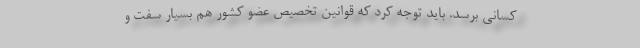
کسانی برسد. باید توجه کرد که قوانین تخصیص عضو کشور هم بسیار سفت و